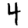
Digit: 4